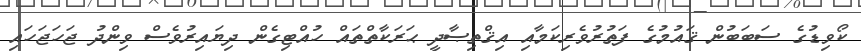
ކޯވިޑުގެ ސަބަބުން ޤައުމުގެ ފަތުރުވެރިކަމާއި އިޤްތިޞާދީ ޙަރަކާތްތައް ހުއްޓިގެން ދިޔައިރުވެސް ވިންދު ޖަހަޖަހައި